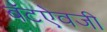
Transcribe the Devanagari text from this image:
बॅटऐवजी